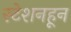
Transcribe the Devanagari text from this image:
स्टेशनहून